Insane asylums in Bengal annual reports 1867-1875 - 1867-1875
Year: 1867
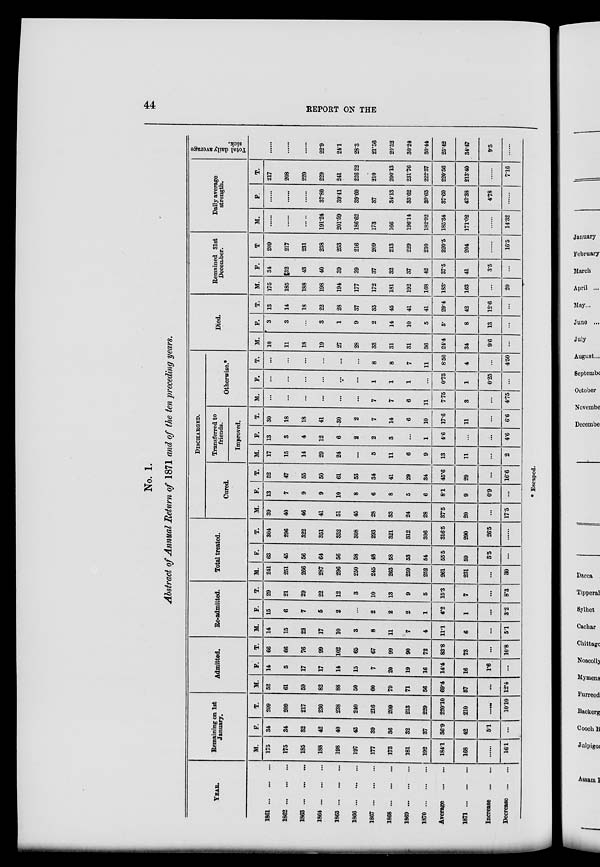
44
REPORT ON THE
No. 1.
Abstract of Annual Return of 1871 and of the ten preceding years.
YEAR.
1861
...
...
...
1862
...
...
...
1863 ...
... ...
1864
...
...
...
1865
...
...
...
1866
...
...
...
1867
...
...
...
1868
...
...
...
1869
...
...
...
1870
...
...
...
Average ... ...
1871
...
...
...
Increase
...
...
Decrease
...
...
Remaining on 1st
January.
M.
175
175
185
188
198
197
177
173
181
192
184.1
168
......
16.1
F.
34
34
32
42
40
43
39
36
32
37
36.9
42
5.1
...
T.
209
209
217
230
238
240
216
209
213
229
220.10
210
......
10.10
Admitted.
M.
52
61
59
82
88
50
60
79
71
56
69.4
57
...
12.4
F.
14
5
17
17
14
15
7
20
19
16
14.4
16
1.6
...
T.
66
66
76
99
102
65
67
99
90
72
83.8
73
...
10.8
Re-admitted.
M.
14
15
22
17
10
3
8
11
7
4
11.1
6
...
5.1
F.
15
6
7
5
2
...
2
2
2
1
4.2
1
...
3.2
T.
29
21
29
22
12
3
10
13
9
5
15.3
7
...
8.3
Total treated.
M.
241
251
266
287
296
250
245
263
259
252
261
231
...
30
F.
63
45
56
64
56
58
48
58
53
54
55.5
59
3.5
...
T.
304
296
322
351
352
308
293
321
312
306
316.5
290
26.5
......
DISCHARGED.
Cured.
M.
39
40
46
41
51
45
28
33
24
28
37.5
20
...
17.5
F.
13
7
9
9
10
8
6
8
5
6
8.1
9
0.9
...
T.
52
47
55
50
61
53
34
41
29
34
45.6
29
...
16.6
Transferred to
friends.
Improved.
M.
17
15
14
29
24
...
5
11
6
9
13
11
...
2
F.
13
3
4
12
6
2
2
3
...
1
4.6
...
...
4.6
T.
30
18
18
41
30
2
7
14
6
10
17.6
11
...
6.6
Otherwise.*
M.
...
...
...
...
...
...
7
7
6
11
7.75
3
...
4.75
F.
...
...
...
...
...
...
1
1
1
...
0.75
1
0.25
...
T.
...
...
...
...
...
...
8
8
7
11
8.50
4
...
4.50
Died.
M.
10
11
18
19
27
28
33
31
31
36
24.4
34
9.6
...
F.
3
3
...
3
1
9
2
14
10
5
5.
8
13
...
T.
13
14
18
22
28
37
35
45
41
41
29.4
42
12.6
...
Remained 31st
December.
M.
175
185
188
198
194
177
172
181
192
168
183.
163
...
20
F.
34
32
43
40
39
39
37
32
37
42
37.5
41
3.5
...
T.
209
217
231
238
233
216
209
213
229
210
220.5
204
......
16.5
Daily average
strength.
M.
......
......
191.24
201.59
186.62
173
166
196.14
182.92
185.34
171.02
......
14.32
F.
......
......
......
37.80
39.41
39.60
37
34.13
35.62
39.65
37.60
42.38
4.78
......
T.
217
208
220
229
241
226.22
210
200.13
231.76
222.57
220.56
213.40
......
7.16
Total daily average
sick.
......
......
......
22.9
24.1
28.3
21.56
20.52
30.24
30.44
25.42
34.47
9.5
......
* Escaped.